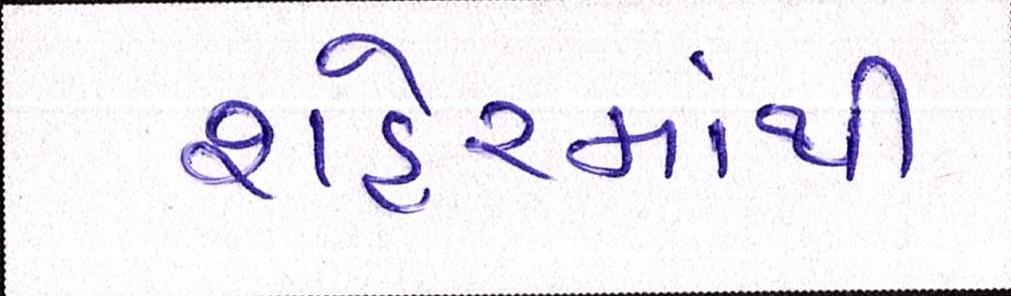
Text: શહેરમાંથી